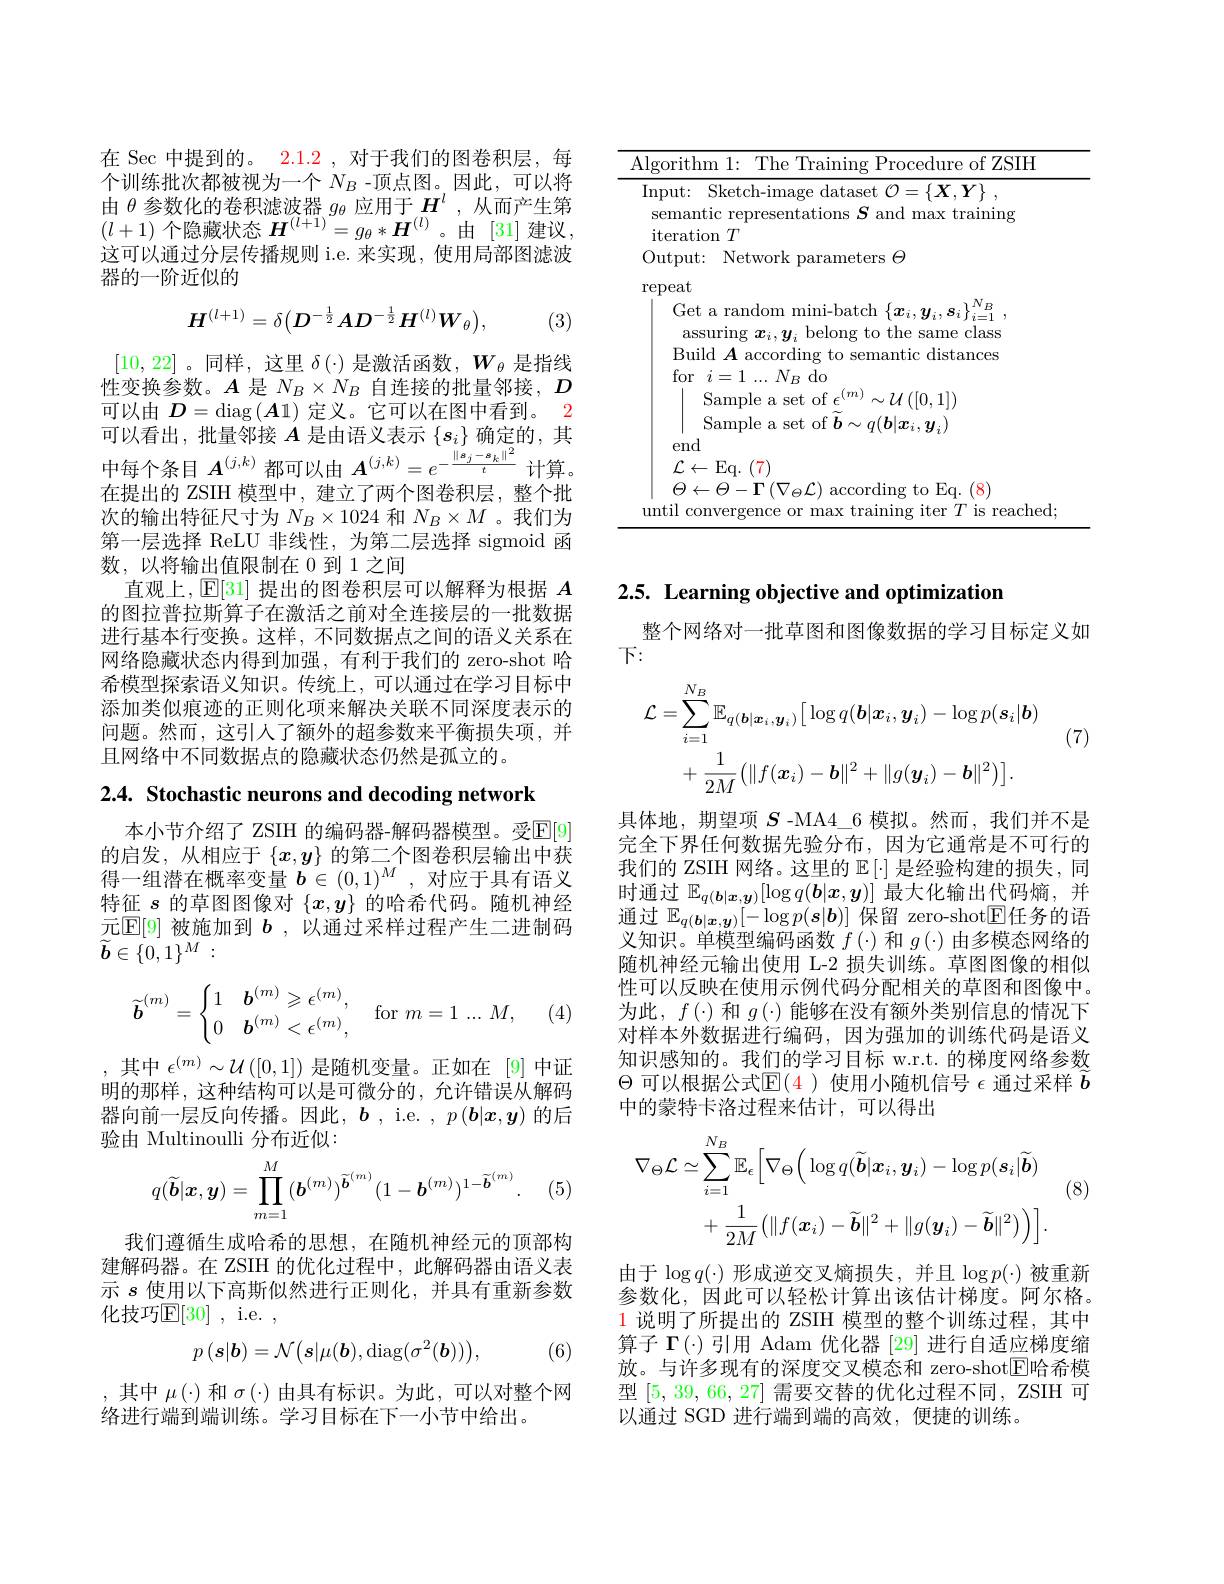
<table>
	<tbody>
		<tr>
			<td>A </td>
			<td>rithm 1: The Training Procedure of ZSIH</td>
		</tr>
		<tr>
			<td> </td>
			<td>Get a random mini-batch $\left\{\boldsymbol{x}_i,\boldsymbol{y}_i,\boldsymbol{s}_i\right\}_{i=1}^{N_B}$ assuring $\boldsymbol x_i,\boldsymbol y_i$ belong to the same class</td>
		</tr>
	</tbody>
</table>

在 Sec 中提到的。2.1.2 , 对于我们的图卷积层，每个训练批次都被视为一个$N_B$ -顶点图。因此，可以将由 $\theta$ 参 数 化 的 卷 积 滤 波 器 $g_{\theta }$ 应 用 于 $H^{l}$, 从 而 产 生 第 $( l+ 1)$ 个 隐 藏 状 态 $H^{( l+ 1) }= g_{\theta }* \boldsymbol{H}^{( l) }$。由 [31] 建 议 , 这可以通过分层传播规则 i.e. 来实现，使用局部图滤波器的一阶近似的
$$H^{(l+1)}=\delta\big(D^{-\frac{1}{2}}AD^{-\frac{1}{2}}H^{(l)}W_{\theta}\big),$$
(3)

[10,22]。同样，这里$\delta(\cdot)$是激活函数，$W_\theta$是指线性变换参数。$A$是$N_B\times N_B$自连接的批量邻接，$D$ 可以由$D=\operatorname{diag}\left(\boldsymbol{A}1\right)$定义。它可以在图中看到。2可以看出，批量邻接$A$是由语义表示$\{s_i\}$确定的，其中每个条目$A^(j,k)$都可以由$A^{(j,k)}=e^{-\frac{\|s_j-s_k\|^2}t}$计算。在提出的 ZSIH 模型中，建立了两个图卷积层，整个批次的输出特征尺寸为$N_B\times1024$ 和 $N_B\times M$ 。我们为第一层选择 ReLU 非线性，为第二层选择 sigmoid 函数，以将输出值限制在 0 到 1 之间
直观上，$\operatorname{E}[31]$提出的图卷积层可以解释为根据$A$ 的图拉普拉斯算子在激活之前对全连接层的一批数据进行基本行变换。这样，不同数据点之间的语义关系在网络隐藏状态内得到加强，有利于我们的 zero-shot 哈希模型探索语义知识。传统上，可以通过在学习目标中添加类似痕迹的正则化项来解决关联不同深度表示的问题。然而，这引人了额外的超参数来平衡损失项，并且网络中不同数据点的隐藏状态仍然是孤立的。

2.4. Stochastic neurons and decoding network

本小节介绍了 ZSIH 的编码器-解码器模型。受$\mathbb{E}[9]$ 的启发，从相应于$\{x,y\}$的第二个图卷积层输出中获得一组潜在概率变量$b\in(0,1)^M$,对应于具有语义特征$s$的草图图像对$\{x,y\}$的哈希代码。随机神经元$\mathbb{E}[9]$被施加到$b$,以通过采样过程产生二进制码$\widetilde{\boldsymbol{b}}\in\{0,1\}^{M}:$
$$\widetilde{\boldsymbol{b}}^{(m)}=\begin{cases}1&\boldsymbol{b}^{(m)}\geqslant\epsilon^{(m)},\\0&\boldsymbol{b}^{(m)}<\epsilon^{(m)},\end{cases}\quad\mathrm{for}\:m=1\:...\:M,$$
(4.1)

,其中$\epsilon^{(m)}\sim\mathcal{U}\left([0,1]\right)$是随机变量。正如在[9]中证明的那样，这种结构可以是可微分的，允许错误从解码器向前一层反向传播。因此$,\boldsymbol{b}$, i.e. $,p\left(\boldsymbol{b}|\boldsymbol{x},\boldsymbol{y}\right)$ 的后验由 Multinoulli 分布近似：

(5
$$q(\widetilde{\boldsymbol{b}}|\boldsymbol{x},\boldsymbol{y})=\prod_{m=1}^{M}(\boldsymbol{b}^{(m)})^{\widetilde{\boldsymbol{b}}^{(m)}}(1-\boldsymbol{b}^{(m)})^{1-\widetilde{\boldsymbol{b}}^{(m)}}.$$
我们遵循生成哈希的思想，在随机神经元的顶部构建解码器。在 ZSIH 的优化过程中，此解码器由语义表示$s$使用以下高斯似然进行正则化，并具有重新参数化技巧E[30] , i.e. ,

(6)
$$p\left(\boldsymbol{s}|\boldsymbol{b}\right)=\mathcal{N}\big(\boldsymbol{s}|\mu(\boldsymbol{b}),\mathrm{diag}(\sigma^{2}(\boldsymbol{b}))\big),$$
,其中$\mu(\cdot)$和$\sigma(\cdot)$由具有标识。为此，可以对整个网
络进行端到端训练。学习目标在下一小节中给出。

## $2. 5. \textbf{ Learning objective and optimization}$

整个网络对一批草图和图像数据的学习目标定义如
$下：$
$$\begin{aligned}\mathcal{L}=&\sum_{i=1}^{N_{B}}\mathbb{E}_{q(\boldsymbol{b}|\boldsymbol{x}_{i},\boldsymbol{y}_{i})}\big[\log q(\boldsymbol{b}|\boldsymbol{x}_{i},\boldsymbol{y}_{i})-\log p(\boldsymbol{s}_{i}|\boldsymbol{b})\\&+\frac{1}{2M}\big(\|f(\boldsymbol{x}_{i})-\boldsymbol{b}\|^{2}+\|g(\boldsymbol{y}_{i})-\boldsymbol{b}\|^{2}\big)\big].\end{aligned}$$
(7)

具体地，期望项$S$ -MA4\_6 模拟。然而，我们并不是完全下界任何数据先验分布，因为它通常是不可行的我们的 ZSIH 网络。这里的$\mathbb{E}\left[\cdot\right]$是经验构建的损失，同时通过$\mathbb{E}_q(\boldsymbol{b}|\boldsymbol{x},\boldsymbol{y})[\log q(\boldsymbol{b}|\boldsymbol{x},\boldsymbol{y})]$最大化输出代码熵，并通过 $\mathbb{E}_q(\boldsymbol{b}|\boldsymbol{x},\boldsymbol{y})[-\log p(\boldsymbol{s}|\boldsymbol{b})]$ 保留 zero-shot$\mathbb{E}$任务的语义知识。单模型编码函数$f\left(\cdot\right)$和$g\left(\cdot\right)$由多模态网络的随机神经元输出使用 L-2 损失训练。草图图像的相似性可以反映在使用示例代码分配相关的草图和图像中。为此$,f(\cdot)$和$g(\cdot)$能够在没有额外类别信息的情况下对样本外数据进行编码，因为强加的训练代码是语义知识感知的。我们的学习目标 w.r.t. 的梯度网络参数$\Theta$可以根据公式$\mathbb{E}(4)$使用小随机信号$\epsilon$通过采样$\widetilde b$ 中的蒙特卡洛过程来估计，可以得出

(8)
$$\begin{aligned}\nabla_{\Theta}\mathcal{L}&\simeq\sum_{i=1}^{N_{B}}\mathbb{E}_{\epsilon}\Big[\nabla_{\Theta}\Big(\log q(\widetilde{\boldsymbol{b}}|\boldsymbol{x}_{i},\boldsymbol{y}_{i})-\log p(\boldsymbol{s}_{i}|\widetilde{\boldsymbol{b}})\\&+\frac{1}{2M}\big(\|f(\boldsymbol{x}_{i})-\widetilde{\boldsymbol{b}}\|^{2}+\|g(\boldsymbol{y}_{i})-\widetilde{\boldsymbol{b}}\|^{2}\big)\bigg)\bigg].\end{aligned}$$
由于$\log q(\cdot)$形成逆交叉熵损失，并且$\log p(\cdot)$被重新参数化，因此可以轻松计算出该估计梯度。阿尔格。$\color{red}{1\text{ 说明了所提出的 ZSIH 模型的整个训练过程，其中}}$ 算子$\Gamma(\cdot)$引用 Adam 优化器 [29] 进行自适应梯度缩放。与许多现有的深度交叉模态和 zero-shot$\boxed{\mathrm{E}}$哈希模型[5,39,66,27]需要交替的优化过程不同，ZSIH 可以通过 SGD 进行端到端的高效，便捷的训练。